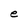
Character: e